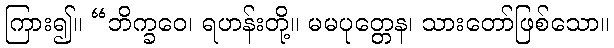
ကြား၍။ “ဘိက္ခဝေ၊ ရဟန်းတို့။ မမပုတ္တေန၊ သားတော်ဖြစ်သော။